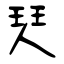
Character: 珡